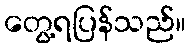
တွေ့ရပြန်သည်။